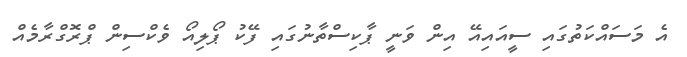
އެ މަސައްކަތުގައި ސީއައިއޭ އިން ވަނީ ޕާކިސްތާނުގައި ފޭކު ޕޯލިއޯ ވެކްސިން ޕްރޮގްރާމެއް